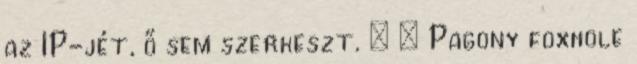
az IP-jét, ő sem szerkeszt. : – Pagony foxhole